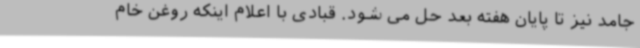
جامد نیز تا پایان هفته بعد حل می شود. قبادی با اعلام اینکه روغن خام